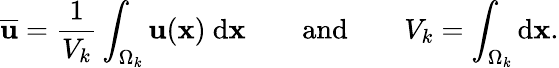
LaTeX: \overline{{\mathbf{u}}}=\frac{1}{V_{k}}\int_{\Omega_{k}}\mathbf{u}(\mathbf{x})\ \mathrm{d}\mathbf{x}\quad\quad\mathrm{and}\quad\quad V_{k}=\int_{\Omega_{k}}\mathrm{d}\mathbf{x}.